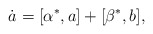
\begin{align*}\dot{a}=[\alpha^\ast,a]+[\beta^\ast,b],\end{align*}